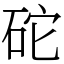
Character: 砣